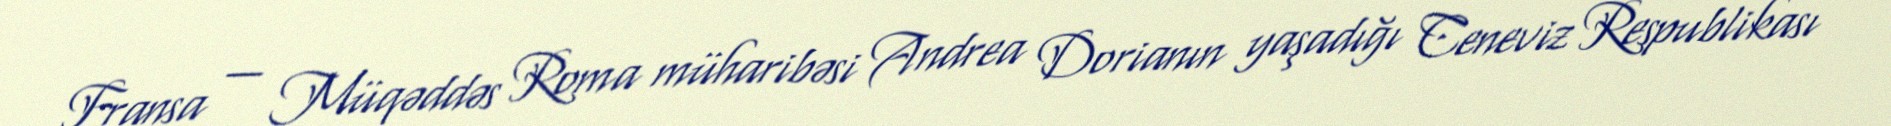
Fransa — Müqəddəs Roma müharibəsi Andrea Dorianın yaşadığı Ceneviz Respublikası